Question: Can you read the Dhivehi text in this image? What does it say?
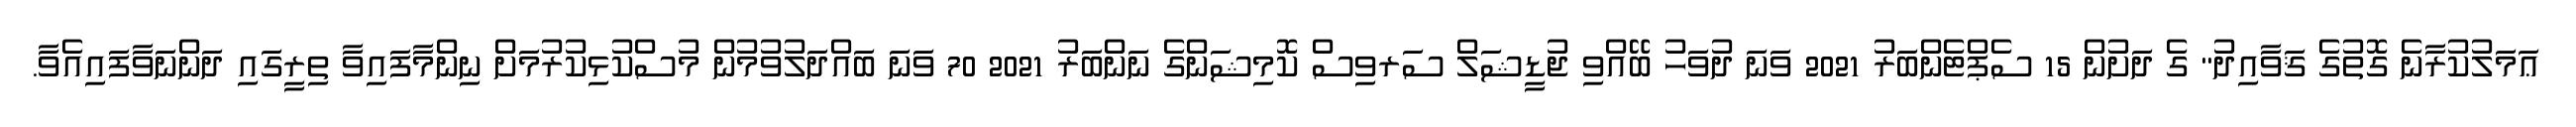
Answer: ޢަމަލުކުރާނެ ގޮތުގެ ޤަވާއިދު" ގެ ދަށުން 15 ސެޕްޓެންބަރު 2021 ވަނަ ދުވަހު ބޭއްވި ޖުޑީޝަލް ސަރވިސް ކޮމިޝަންގެ ނަންބަރު 2021 70 ވަނަ ބައްދަލުވުމުން މުސްކުޅިކުރުމަށް ނިންމާފައިވާ ތިރީގައި ދަންނަވާފައިއެވާ.